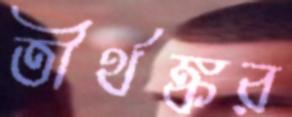
তীর্থঙ্কর